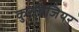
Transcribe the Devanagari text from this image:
कुरबिजियर